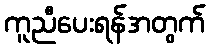
ကူညီပေးရန်အတွက်